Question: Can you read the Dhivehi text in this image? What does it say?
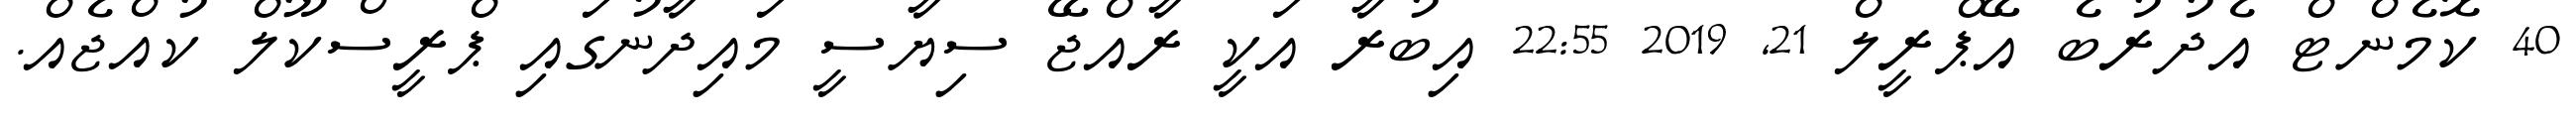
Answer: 40 ކޮމެންޓް އެދުރުބެ އޭޕްރީލް 21, 2019 22:55 އިބުރާ އަކީ ރާއްޖޭ ސިޔާސީ މައިދާނުގައި ޕްރީސްކޫލް ކުއްޖެއް.